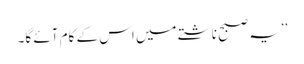
’’یہ صبح ناشتے میں اس کے کام آئے گا۔